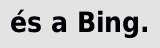
és a Bing.